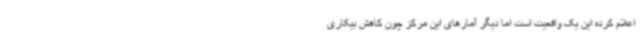
اعلام کرده این یک واقعیت است اما دیگر آمارهای این مرکز چون کاهش بیکاری